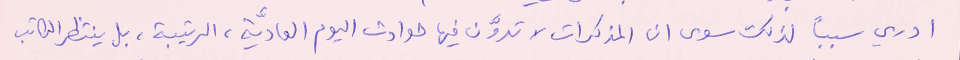
ادري سبباً لذلك سوى ان المذكرات لا تدوَّن فيها حوادث اليوم العاديَّة، الرتيبة، بل ينتظر الكاتب